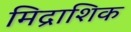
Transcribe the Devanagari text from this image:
मिद्राशिक